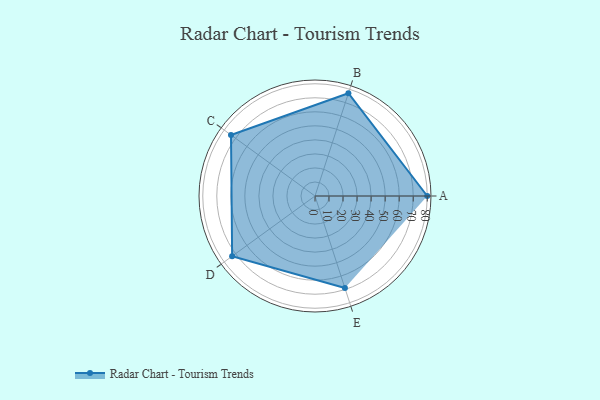
{"axis": {"x": "Skill", "y": "Score"}, "legend": ["Profile"], "data": [{"x": "A", "y": 80.0, "type": "Profile"}, {"x": "B", "y": 77.0, "type": "Profile"}, {"x": "C", "y": 74.0, "type": "Profile"}, {"x": "D", "y": 73.0, "type": "Profile"}, {"x": "E", "y": 69.0, "type": "Profile"}]}